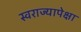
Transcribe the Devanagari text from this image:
स्वराज्यापेक्षा